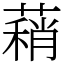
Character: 蕱